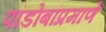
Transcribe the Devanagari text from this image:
पांडोबांप्रमाणे